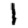
Digit: 1